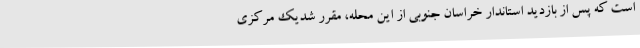
است که پس از بازدید استاندار خراسان جنوبی از این محله، مقرر شدیک مرکزی